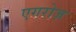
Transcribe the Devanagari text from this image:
एगरोज़